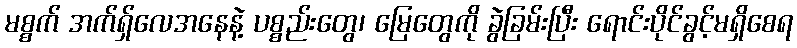
မစ္စက် အက်ရှ်လေအနေနဲ့ ပစ္စည်းတွေ၊ မြေတွေကို ခွဲခြမ်းပြီး ရောင်းပိုင်ခွင့်မရှိစေရ